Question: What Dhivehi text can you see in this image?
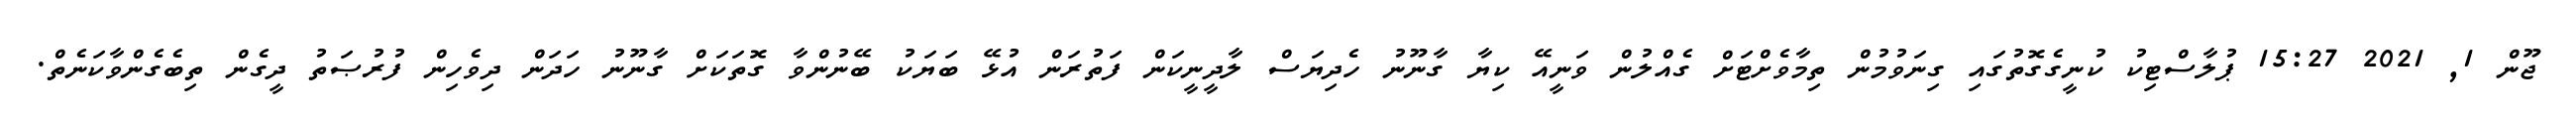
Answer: ޖޫން 1, 2021 15:27 ޕުލާސްޓިކު ކުނީގެގޮތުގައި ގިނަވުމުން ތިމާވެށްޓަށް ގެއްލުން ވަނީއޭ ކިޔާ ގާނޫނު ހެދިޔަސް ލާދީނީކަން ފަތުރަން އުޅޭ ބަޔަކު ބޭނުންވާ ގޮތަކަށް ގާނޫނު ހަދަން ދިވެހިން ފުރުޞަތު ދީގެން ތިބެގެންވާކަނެތް.